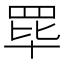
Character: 𬙝